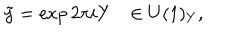
LaTeX: \tilde { y } = \exp 2 \pi i Y \ \ \ \in U ( 1 ) _ { Y } ,